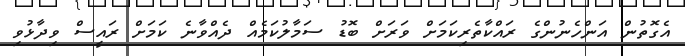
އެގޮތުން އަންހެނުންގެ ރައްކާތެރިކަމަށް ވަރަށް ބޮޑު ސަމާލުކަމެއް ދެއްވާނެ ކަމަށް ރައީސް ވިދާޅުވި